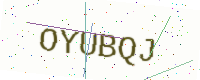
Text: OYUBQJ